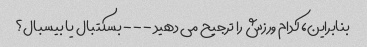
بنابراین، کدام ورزش را ترجیح می دهید - - - بسکتبال یا بیسبال؟